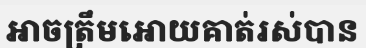
អាចត្រឹមអោយគាត់រស់បាន